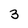
Character: 3